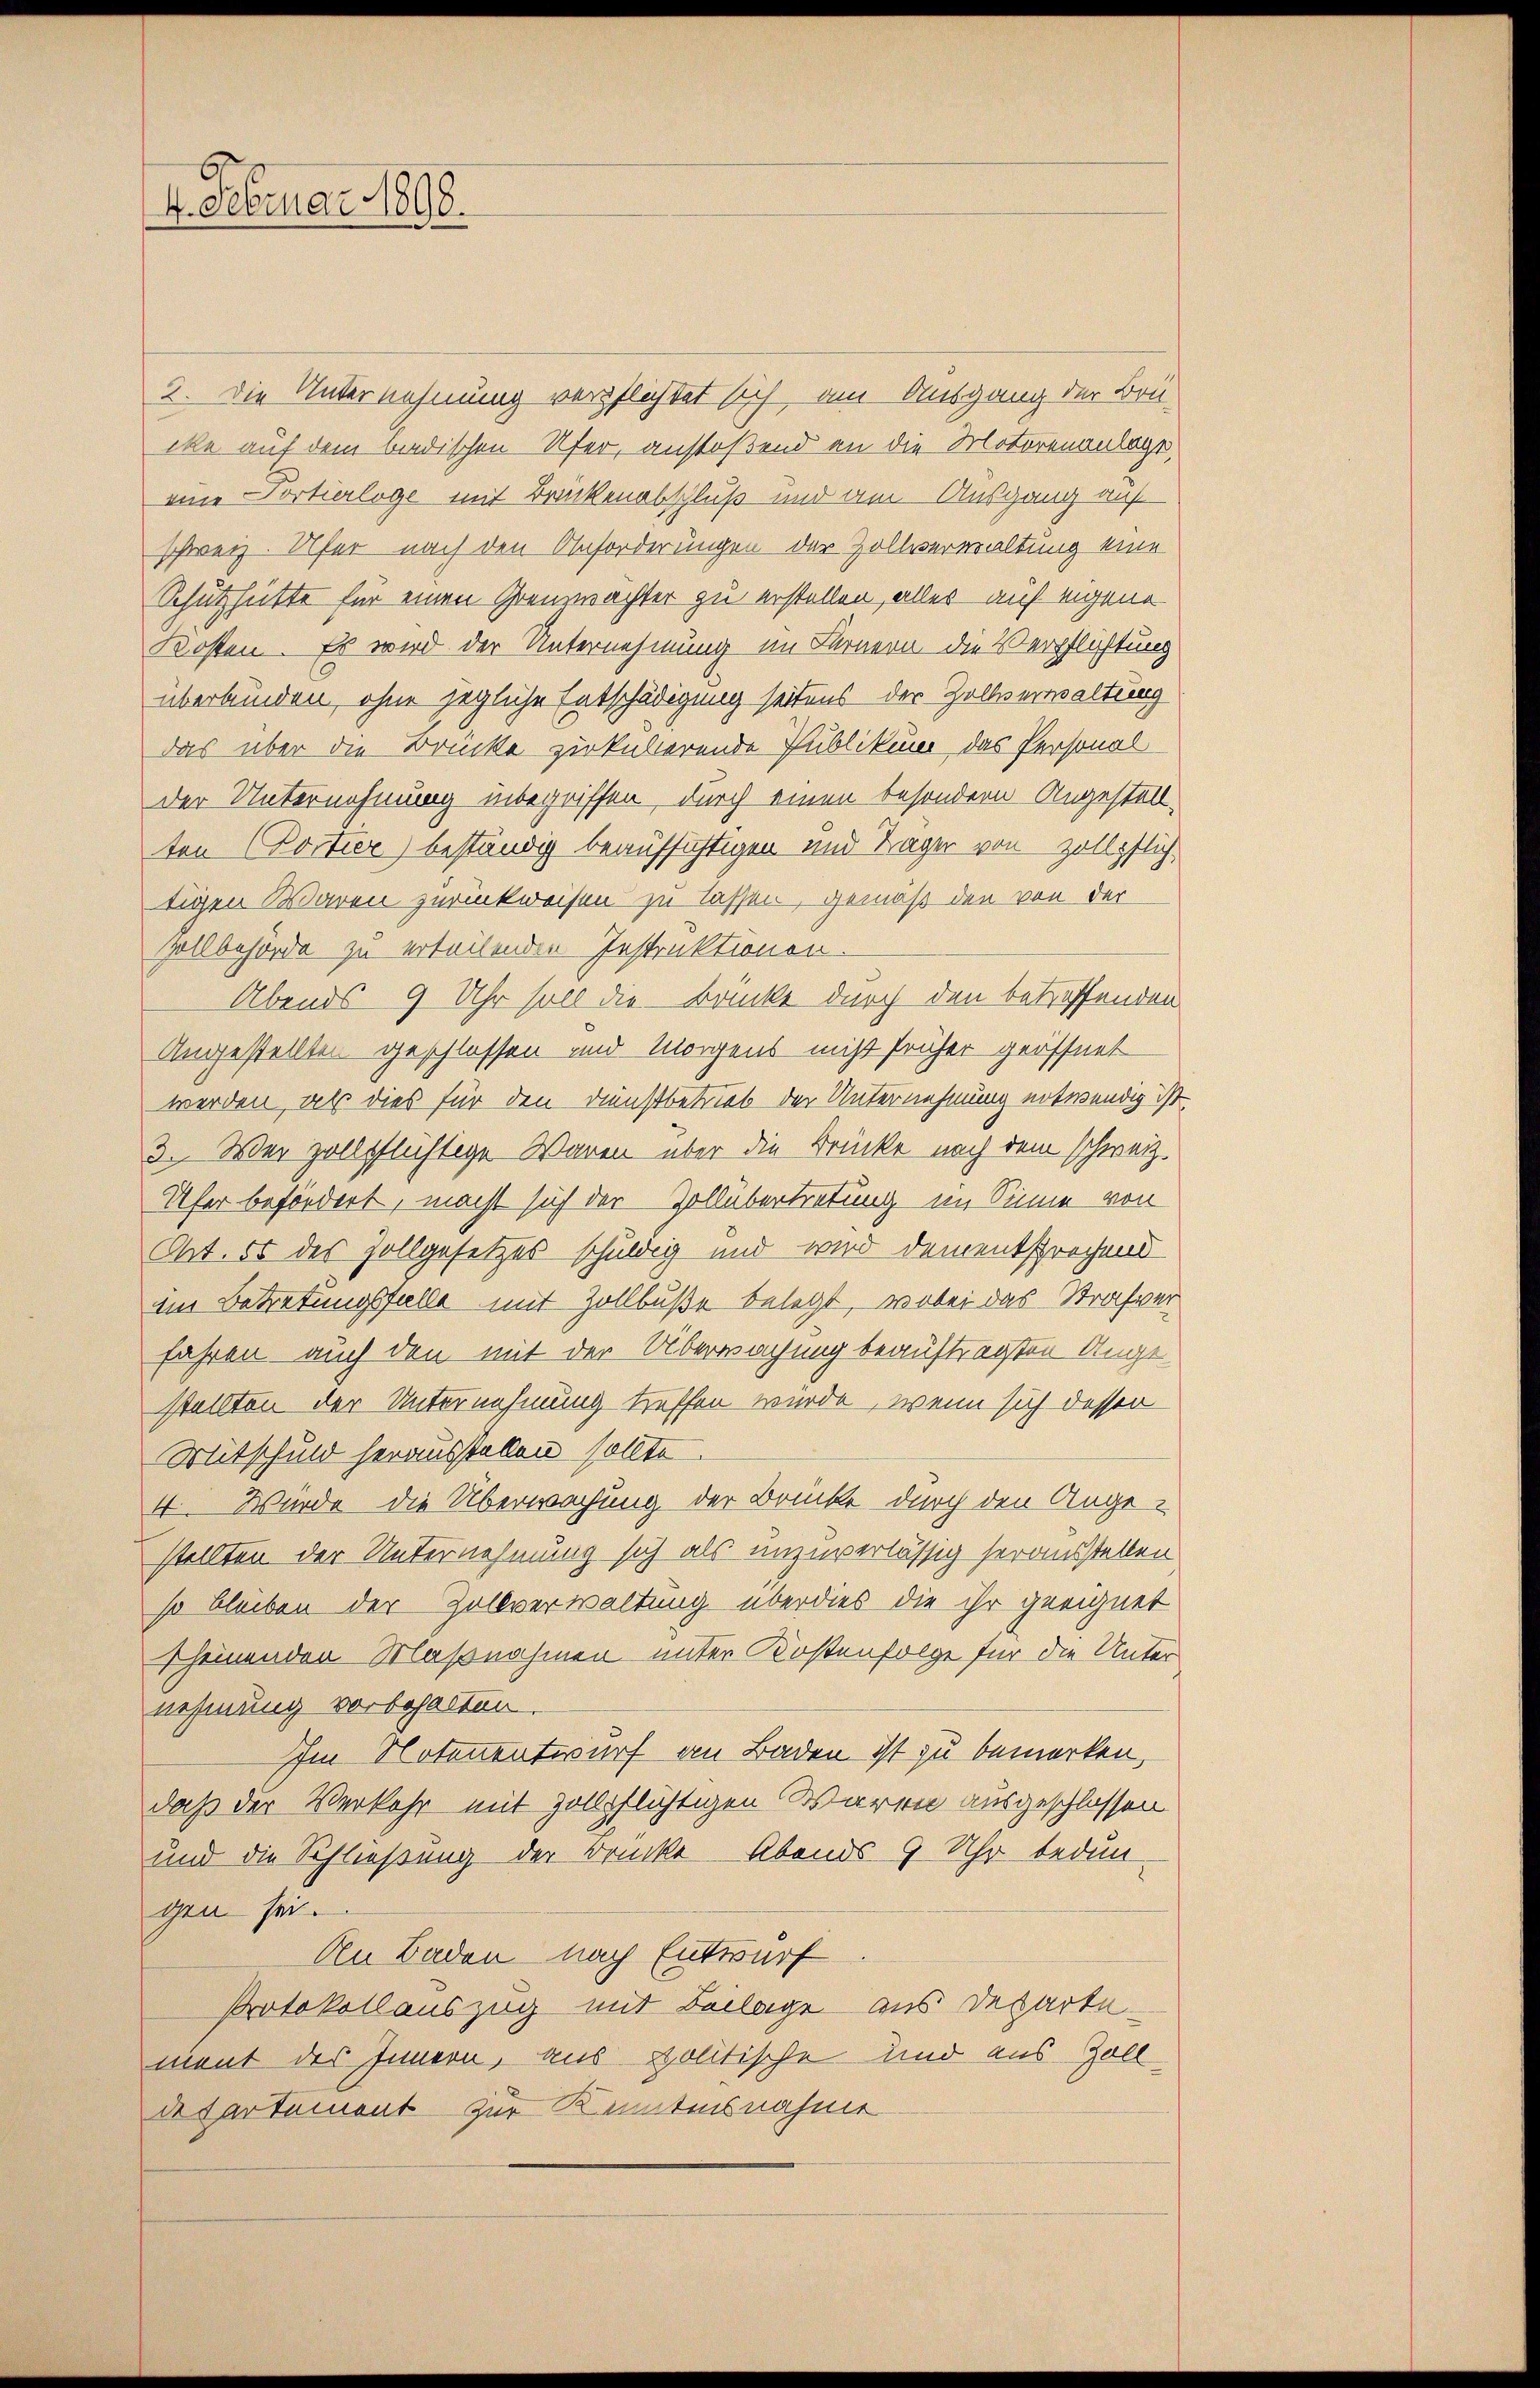
4. Februar 1898.

2. Die Unternehmung verpflichtet sich am Ausgang der Bru-
cke auf dem badischen Ufer, anstoßend an die Motorenanlage,
eine Sortierloge mit Brückenabschluß und am Ausgang auf
schweiz. Ulfer nach den Anforderungen der Zollverwaltung eine
Schützhütte für einen Grenzwachter zu erstellen, alles auf eigene
Kosten. Es wird der Unternehmung im Fernern die Verpflichtung
überbunden, ohne jegliche Entschädigung seitens der Zollverwaltung
das über die Brücke zuküberende Publikum, das Personal
der Unternehmung inbegriffen, durch einen besondern Angestellten (Portier) beständig beaufsichtigen und Träger von zollpflich,
tigen Waren zurückweisen zu lassen, gemäß den von der
Zollbehörde zu erteilenden Instruktionen.
Abends 9 Uhr soll die Brücke durch den betreffenden
Angestellten geschlossen und Morgens nicht früher geöffnet
werden, als dies für den Dienstbetrieb der Unternehmung notwendig ist
3. Wer zollpflüchtige Waren über die Brücke nach dem schweiz.
Ufer befördert, macht sich der Zollübertretung im Sinne von
Ot. 55 des Zollgesetzes schuldig und wird dementsprochend
im Betretungsfalle mit Zollbuße belegt, wobei das Strafver
fahren – auch den mit der Überwachung beauftragten Angestellten der Unternehmung treffen wurde, wenn sich dessen
Mitschuld herausstellen sollte.
4 Würde die Überwachung der Brücke durch den Angestellten der Unternehmung sich als unzuverlässig herausstellen
so bleiben der Zollverwaltung überdies die ihr geeignet
scheinenden Massnahmen unter Kostenfolge für die Unternehmung vorbehalten.
Im Notenentwurf an Baden ist zu bemerken,
daß der Verkehr mit Zollpflichtigen Waren ausgeschlossen
und die Schließung der Brücke. Abends 9 Uhr bedun-
gen sei.
An Baden nach Entwurf
Protokollauszug mit Beilage aus Departement des Innern, aus politische und aus Zoll
de Partement zur Kenntnisnahme